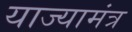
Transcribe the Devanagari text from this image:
याज्यामंत्र